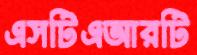
এসটিএআরটি